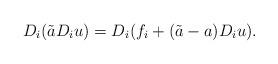
LaTeX: \begin{align*}D_i(\tilde{a}D_iu)=D_i(f_i+(\tilde{a}-a)D_iu).\end{align*}